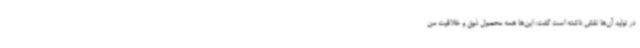
در تولید آن‌ها نقش داشته است گفت: این‌ها همه محصول ذوق و خلاقیت من